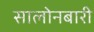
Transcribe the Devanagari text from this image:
सालोनबारी